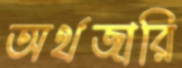
অর্থজারি